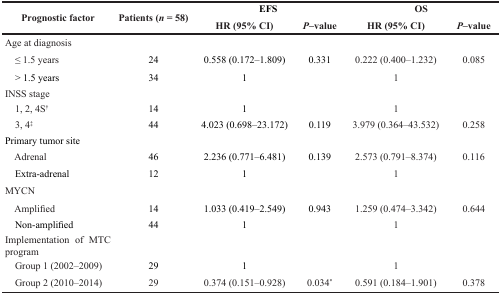
| <ROWSPAN=2> Prognostic factor | <ROWSPAN=2> Patients (n = 58) | <COLSPAN=2> EFS | <COLSPAN=2> OS |
 | HR (95% CI) | P–value | HR (95% CI) | P–value |
 | --- | --- | --- | --- | --- | --- |
 | Age at diagnosis |  |  |  |  |  |
 | ≤ 1.5 years | 24 | 0.558 (0.172–1.809) | 0.331 | 0.222 (0.400–1.232) | 0.085 |
 | > 1.5 years | 34 | 1 |  | 1 |  |
 | INSS stage |  |  |  |  |  |
 | 1, 2, 4S† | 14 | 1 |  | 1 |  |
 | 3, 4‡ | 44 | 4.023 (0.698–23.172) | 0.119 | 3.979 (0.364–43.532) | 0.258 |
 | Primary tumor site |  |  |  |  |  |
 | Adrenal | 46 | 2.236 (0.771–6.481) | 0.139 | 2.573 (0.791–8.374) | 0.116 |
 | Extra-adrenal | 12 | 1 |  | 1 |  |
 | MYCN |  |  |  |  |  |
 | Amplified | 14 | 1.033 (0.419–2.549) | 0.943 | 1.259 (0.474–3.342) | 0.644 |
 | Non-amplified | 44 | 1 |  | 1 |  |
 | Implementation of MTC program |  |  |  |  |  |
 | Group 1 (2002–2009) | 29 | 1 |  | 1 |  |
 | Group 2 (2010–2014) | 29 | 0.374 (0.151–0.928) | 0.034* | 0.591 (0.184–1.901) | 0.378 |